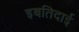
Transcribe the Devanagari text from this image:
इबतिदाई